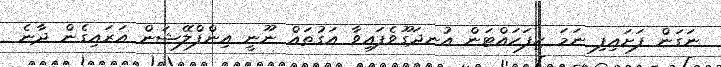
ނަގަން ފަށައިފި ނަމަ ހިފަހައްޓަން އުނދަގޫވެފައިވާ އަގުތައް ނޫނީ އިންފްލޭޝަން އަރައިގެން ދާނެ